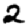
Digit: 2